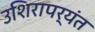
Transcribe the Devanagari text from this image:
उशिरापर्यंत